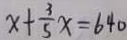
x + \frac { 3 } { 5 } x = 6 4 0